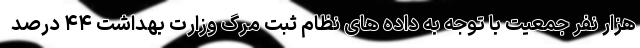
هزار نفر جمعیت با توجه به داده های نظام ثبت مرگ وزارت بهداشت ۴۴ درصد